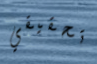
تحقيقي